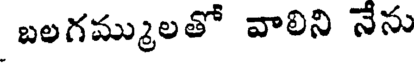
బలగమ్ములతో వాలిని నేను